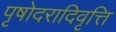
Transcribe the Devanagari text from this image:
पृषोदरादिवृत्ति